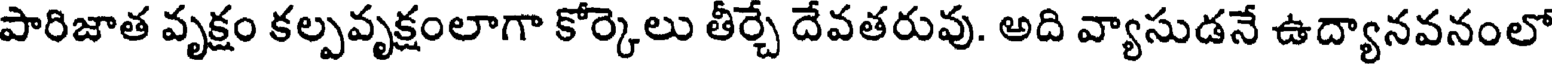
పారిజాత వృక్షం కల్పవృక్షంలాగా కోర్కెలు తీర్చే దేవతరువు. అది వ్యాసుడనే ఉద్యానవనంలో